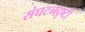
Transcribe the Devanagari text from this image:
संघटनदृष्टी